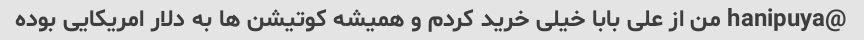
@hanipuya من از علی بابا خیلی خرید کردم و همیشه کوتیشن ها به دلار امریکایی بوده